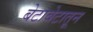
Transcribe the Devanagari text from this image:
बेटाबेटातून